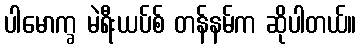
ပါမောက္ခ မဲရီးယပ်စ် တန်နမ်က ဆိုပါတယ်။